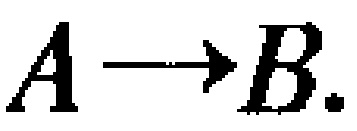
$A\rightarrow B.$